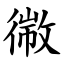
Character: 幑